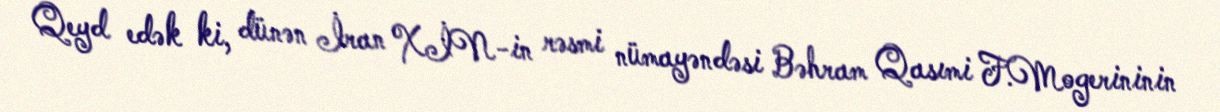
Qeyd edək ki, dünən İran XİN-in rəsmi nümayəndəsi Bəhram Qasımi F.Mogerininin